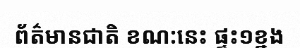
ព័ត៌មានជាតិ ខណ:នេះ ផ្ទះ១ខ្នង